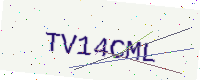
Text: TV14CML